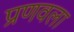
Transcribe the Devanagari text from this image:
प्रणवला